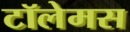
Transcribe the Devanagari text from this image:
टॉलेमस